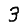
Digit: 3